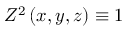
Z ^ { 2 } \left( x , y , z \right) \equiv 1